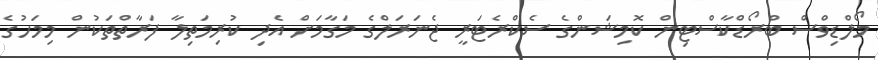
މޯލްޑިވްސް ބްރޯޑްކާސްޓިން ކޮމިޝަންގެ ސެކްރެޓަރީ ޖެނަރަލްގެ މަގާމަށް އެދި ކުރިމަތިލާ ފަރާތްތަކުން މިމަހުގެ